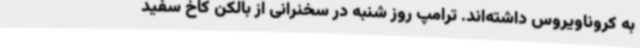
به کروناویروس داشته‌اند. ترامپ روز شنبه در سخنرانی از بالکن کاخ سفید